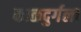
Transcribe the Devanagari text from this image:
काळदुर्गला